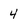
Character: 4